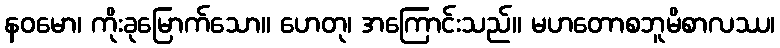
နဝမော၊ ကိုးခုမြောက်သော။ ဟေတု၊ အကြောင်းသည်။ မဟတောစဘူမိစာလဿ၊